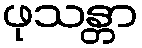
ဖုသန္တာ